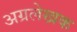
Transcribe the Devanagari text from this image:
अग्रलेखक